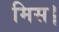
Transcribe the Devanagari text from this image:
मिस।